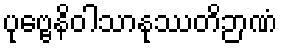
ပုဗ္ဗေနိဝါသာနုဿတိဉာဏံ